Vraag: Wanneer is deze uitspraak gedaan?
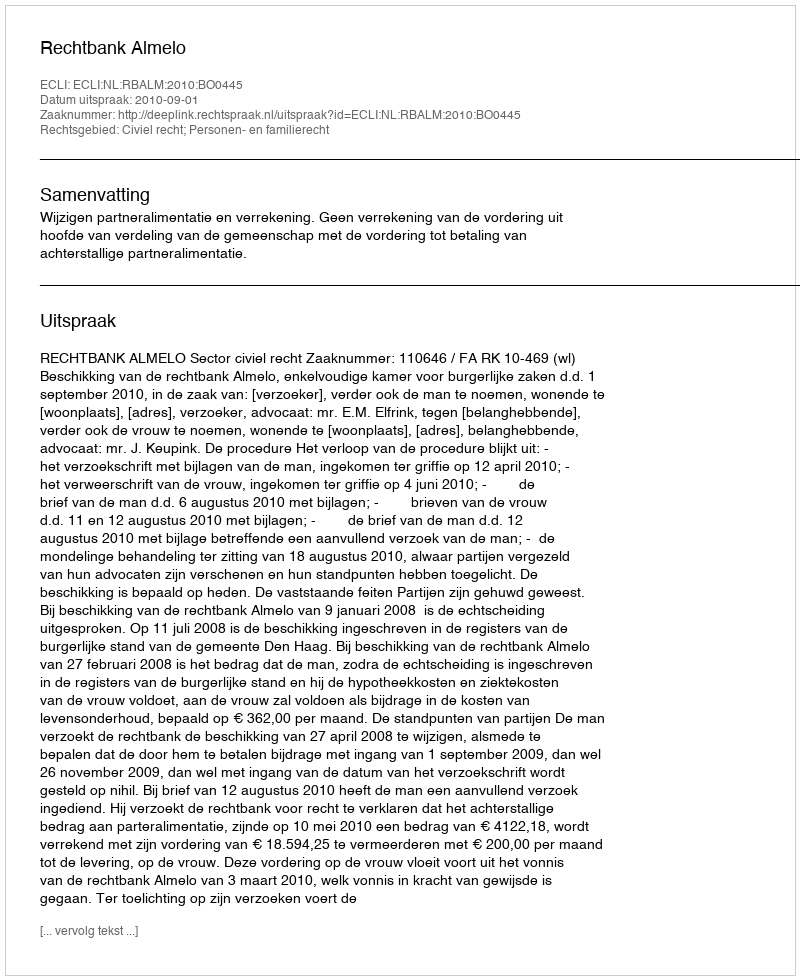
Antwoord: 2010-09-01